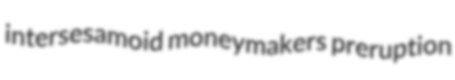
intersesamoid moneymakers preruption